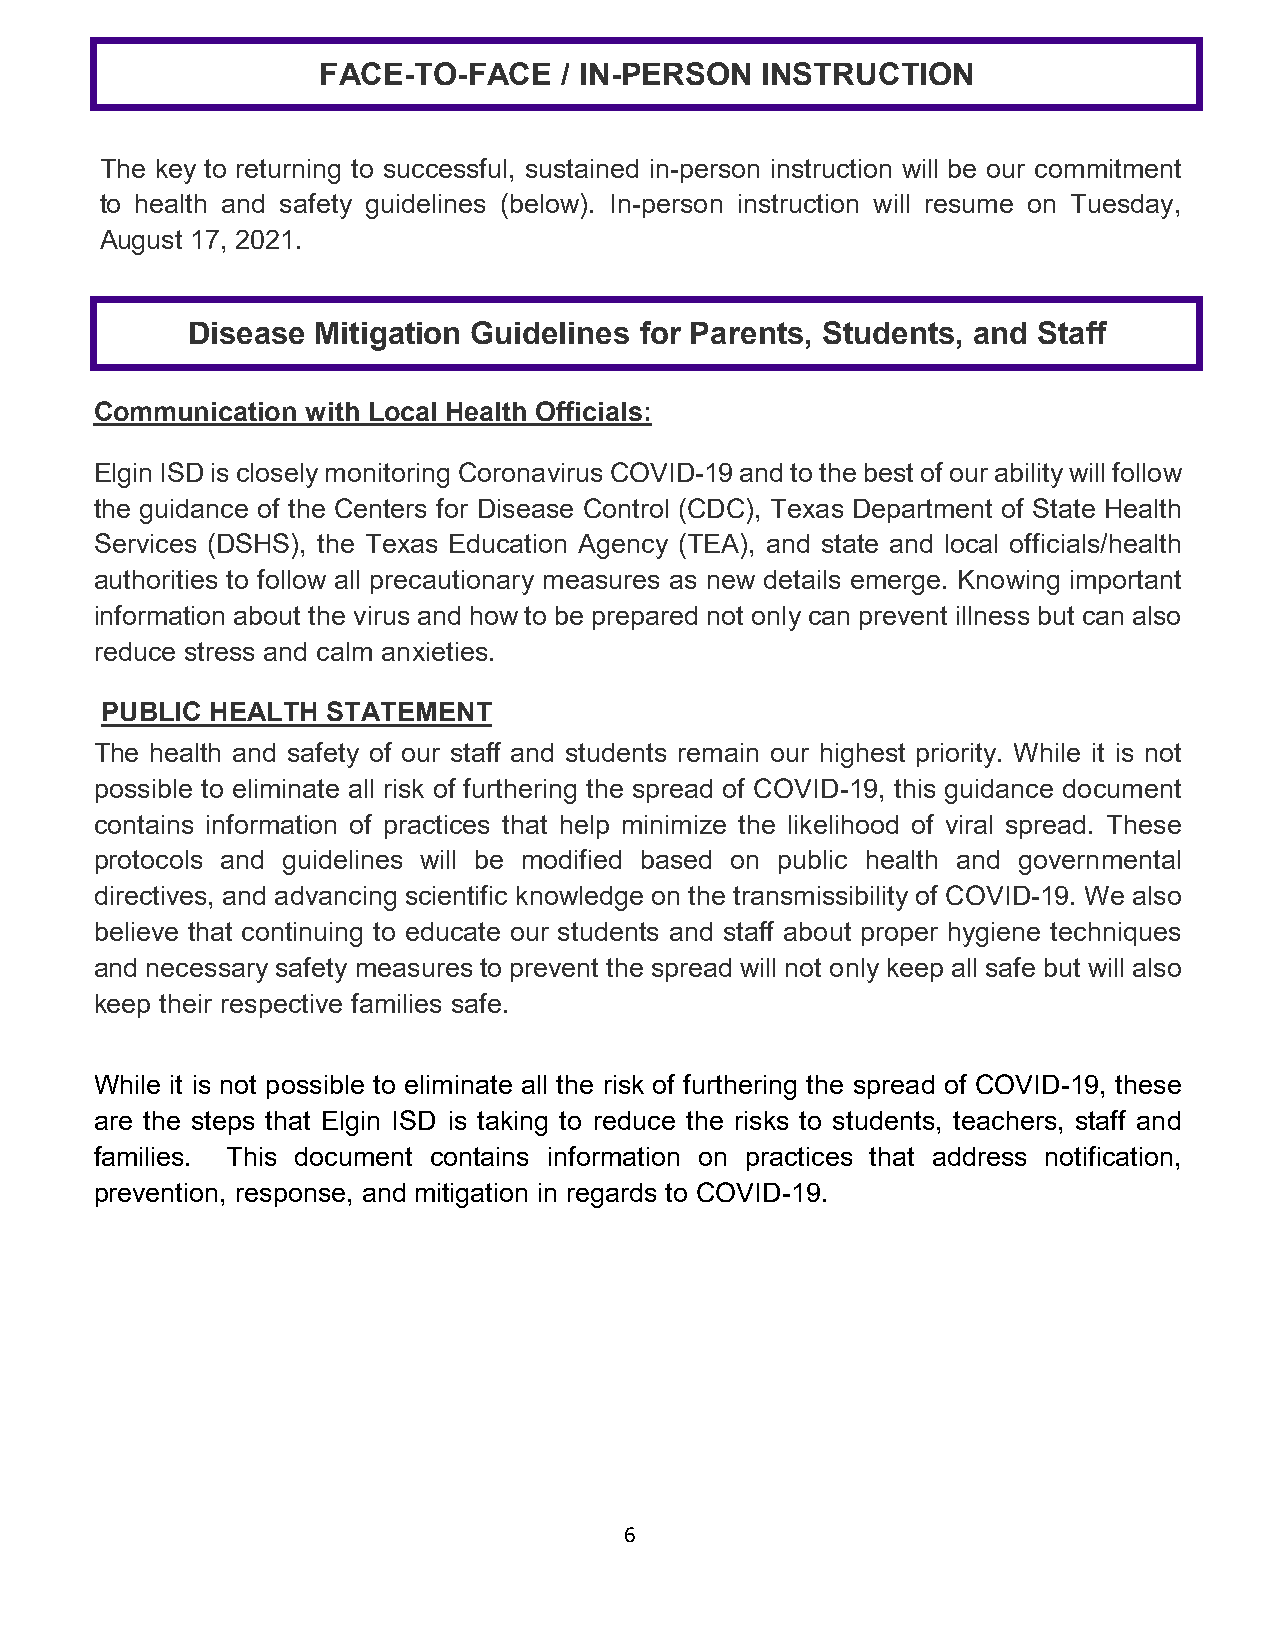
FACE-TO-FACE    / IN-PERSON  INSTRUCTION
 The key to returning to successful, sustained in-person instruction will be our commitment
 to health and safety guidelines (below). In-person instruction will resume on Tuesday,
 August 17, 2021.
 Disease  Mitigation Guidelines for Parents, Students, and Staff
 Communication with Local Health Officials:
 Elgin ISD is closely monitoring Coronavirus COVID-19 and to the best of our ability will follow
 the guidance of the Centers for Disease Control (CDC), Texas Department of State Health
 Services (DSHS), the Texas Education Agency (TEA), and state and local officials/health
 authorities to follow all precautionary measures as new details emerge. Knowing important
 information about the virus and how to be prepared not only can prevent illness but can also
 reduce stress and calm anxieties.
 PUBLIC HEALTH  STATEMENT
 The health and safety of our staff and students remain our highest priority. While it is not
 possible to eliminate all risk of furthering the spread of COVID-19, this guidance document
 contains information of practices that help minimize the likelihood of viral spread. These
 protocols and guidelines will be modified based on public health and governmental
 directives, and advancing scientific knowledge on the transmissibility of COVID-19. We also
 believe that continuing to educate our students and staff about proper hygiene techniques
 and necessary safety measures to prevent the spread will not only keep all safe but will also
 keep their respective families safe.
 While it is not possible to eliminate all the risk of furthering the spread of COVID-19, these
 are the steps that Elgin ISD is taking to reduce the risks to students, teachers, staff and
 families. This document contains information on practices that address notification,
 prevention, response, and mitigation in regards to COVID-19.
 6